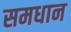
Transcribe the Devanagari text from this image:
समधान